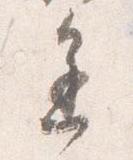
進